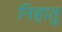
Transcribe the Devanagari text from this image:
निहातु